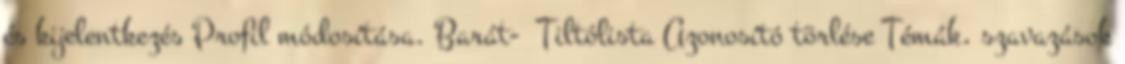
és kijelentkezés Profil módosítása. Barát- Tiltólista Azonosító törlése Témák, szavazások